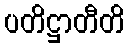
ပတိဋ္ဌာတီတိ